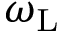
\omega _ { \mathrm { L } }